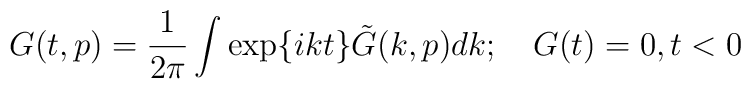
G(t,p)= \frac{1}{2 \pi} \int \exp \{ikt \}\tilde{G}(k,p)dk;\quad G(t)=0, t<0